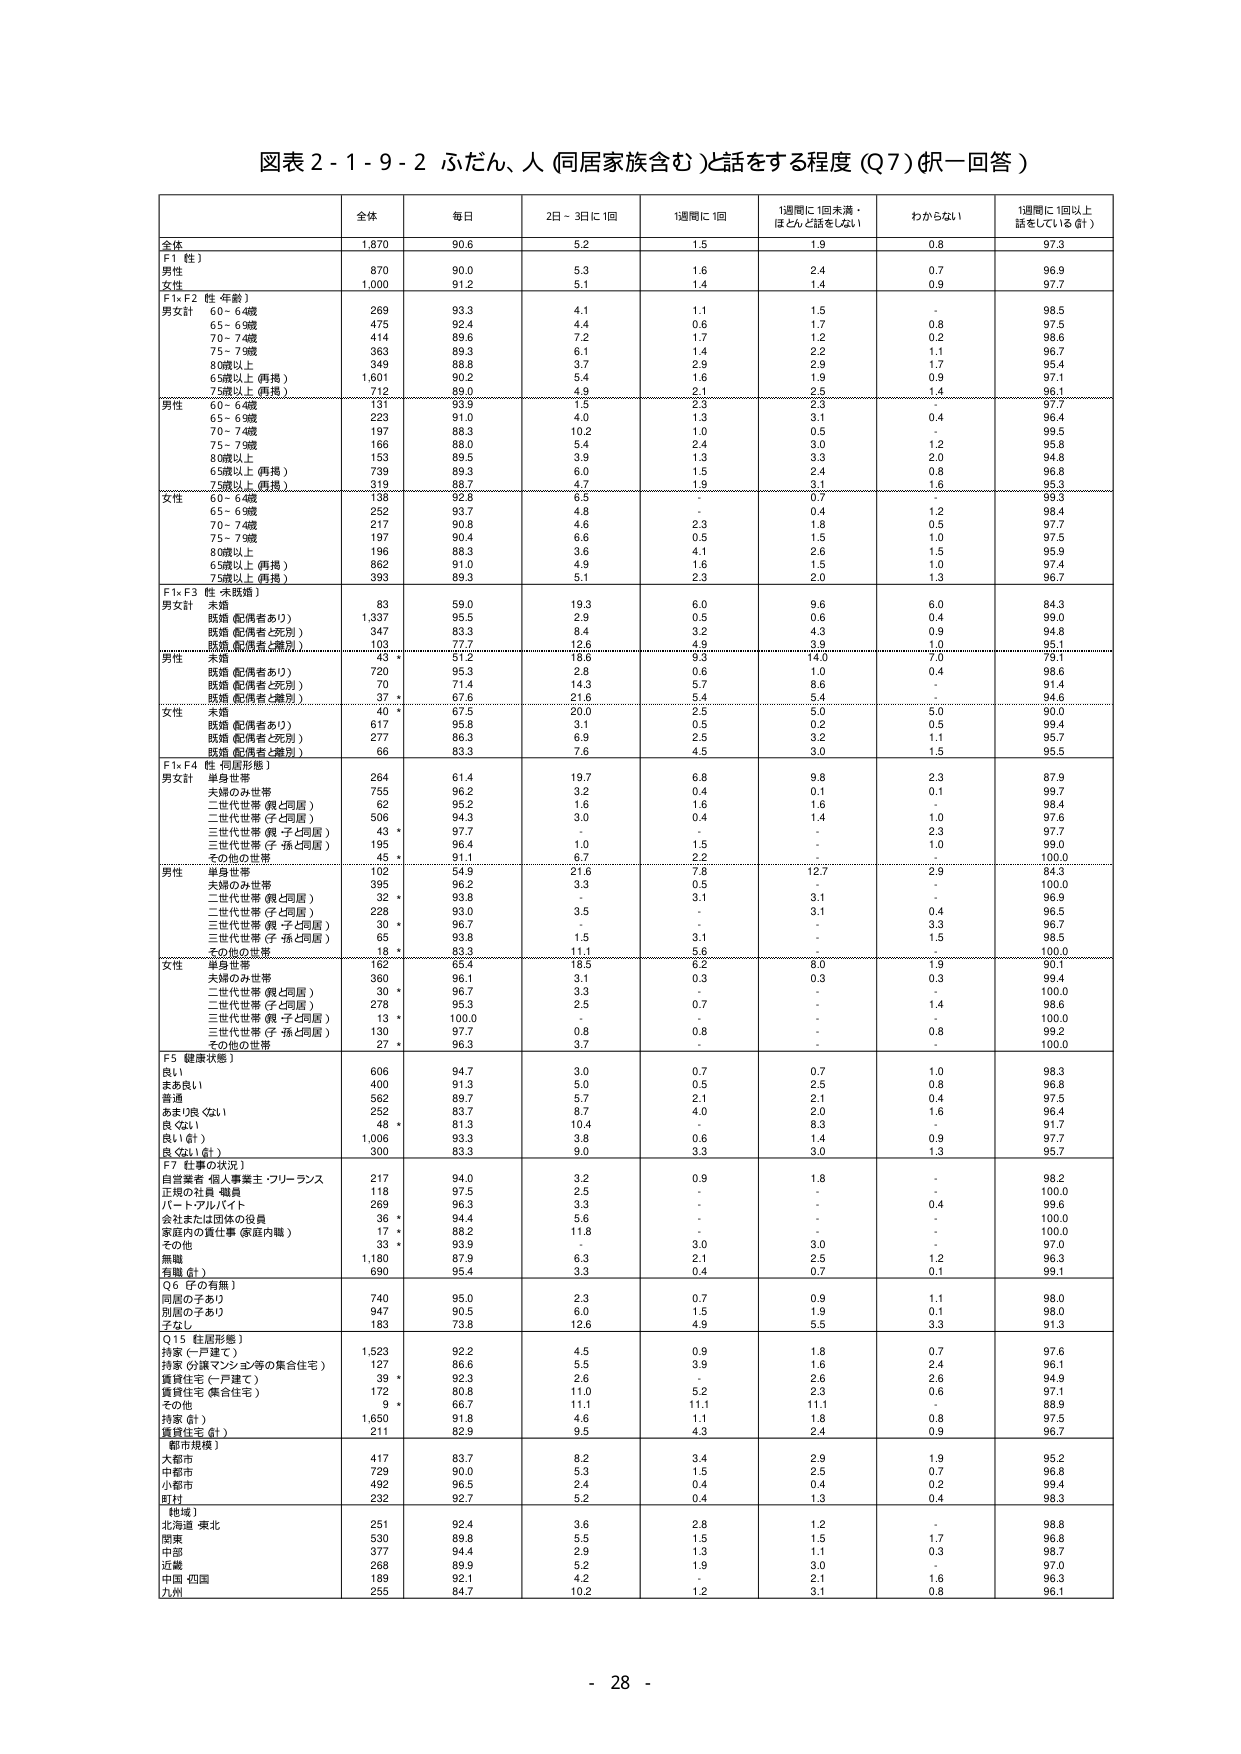
図表２-１-９-２ ふだん、人（同居家族含む）と話をする程度（Q７）（帆一回答）

全体 1,870 90.6 5.2 1.5 1.9 0.8 97.3
F1（性）
男性 870 90.0 5.3 1.6 2.4 0.7 96.9
女性 1,000 91.2 5.1 1.4 1.4 0.9 97.7
F1×F2（性・年齢）
男女計 60～64歳 269 93.3 4.1 1.1 1.5 - 98.5
65～69歳 475 92.4 4.4 0.6 1.7 0.8 97.5
70～74歳 414 89.6 7.2 1.7 1.2 0.2 98.6
75～79歳 363 89.3 6.1 1.4 2.2 1.1 96.7
80歳以上 349 88.8 3.7 2.9 2.9 1.7 95.4
65歳以上（再掲） 1,601 90.2 5.4 1.6 1.9 0.9 97.1
75歳以上（再掲） 712 89.0 4.9 2.1 2.5 1.4 96.1
男性 60～64歳 131 93.9 1.5 2.3 2.3 - 97.7
65～69歳 223 91.0 4.0 1.3 3.1 0.4 96.4
70～74歳 197 88.3 10.2 1.0 0.5 - 99.5
75～79歳 166 88.0 5.4 2.4 3.0 1.2 95.8
80歳以上 153 89.5 3.9 1.3 3.3 2.0 94.8
65歳以上（再掲） 739 89.3 6.0 1.5 2.4 0.8 96.8
75歳以上（再掲） 319 88.7 4.7 1.9 3.1 1.6 95.3
女性 60～64歳 138 92.8 6.5 - 0.7 - 99.3
65～69歳 252 93.7 4.8 - 0.4 1.2 99.4
70～74歳 217 90.8 4.6 2.3 1.8 0.5 97.7
75～79歳 197 90.4 6.6 0.5 1.5 1.0 97.5
80歳以上 196 88.3 3.6 4.1 2.6 1.5 95.9
65歳以上（再掲） 862 91.0 4.9 1.6 1.5 1.0 97.4
75歳以上（再掲） 393 89.3 5.1 2.3 2.0 1.3 96.7
F1×F3（性・未婚婚）
男女計 未婚 83 59.0 19.3 6.0 9.6 6.0 84.3
既婚（配偶者あり） 1,337 95.5 2.9 0.5 0.6 0.4 99.0
既婚（配偶者と死別） 347 83.3 8.4 3.2 4.3 0.9 94.8
既婚（配偶者と離別） 103 77.7 12.6 4.9 3.9 1.0 95.1
男性 未婚 43 * 51.2 18.6 9.3 14.0 7.0 79.1
既婚（配偶者あり） 720 95.3 2.8 0.6 1.0 0.4 98.6
既婚（配偶者と死別） 70 71.4 14.3 5.7 8.6 - 91.4
既婚（配偶者と離別） 37 * 67.6 21.6 5.4 5.4 - 94.6
女性 未婚 40 * 67.5 20.0 2.5 5.0 5.0 90.0
既婚（配偶者あり） 617 95.8 3.1 0.5 0.2 0.5 99.4
既婚（配偶者と死別） 277 86.3 6.9 2.5 3.2 1.1 95.7
既婚（配偶者と離別） 66 83.3 7.6 4.5 3.0 1.5 95.5
F1×F4（性・同居形態）
男女計 単身世帯 264 61.4 19.7 6.8 9.8 2.3 87.9
夫婦のみ世帯 755 96.2 3.2 0.4 0.1 0.1 99.7
二世代世帯（親と同居） 62 95.2 1.6 1.6 1.6 - 98.4
二世代世帯（子と同居） 506 94.3 3.0 0.4 1.4 1.0 97.6
三世代世帯（親・子と同居） 43 * 97.7 - - - 2.3 97.7
三世代世帯（子・孫と同居） 135 96.4 1.0 1.5 - 1.0 99.0
その他の世帯 45 * 91.1 6.7 2.2 - - 100.0
男性 単身世帯 102 54.9 21.6 7.8 12.7 2.9 84.3
夫婦のみ世帯 395 96.2 3.3 0.5 - - 100.0
二世代世帯（親と同居） 32 * 93.8 - 3.1 3.1 - 96.9
二世代世帯（子と同居） 228 93.0 3.5 - 3.1 0.4 96.5
三世代世帯（親・子と同居） 30 * 96.7 - - - 3.3 96.7
三世代世帯（子・孫と同居） 65 93.8 1.5 3.1 - 1.5 98.5
その他の世帯 18 * 83.3 11.1 5.6 - - 100.0
女性 単身世帯 162 65.4 18.5 6.2 8.0 1.9 90.1
夫婦のみ世帯 360 96.1 3.1 0.3 0.3 0.3 99.4
二世代世帯（親と同居） 30 * 96.7 3.3 - - - 100.0
二世代世帯（子と同居） 278 95.3 2.5 0.7 - 1.4 98.6
三世代世帯（親・子と同居） 13 * 100.0 - - - - 100.0
三世代世帯（子・孫と同居） 130 97.7 0.8 0.8 - 0.8 99.2
その他の世帯 27 * 96.3 3.7 - - - 100.0
F5（健康状態）
良い 606 94.7 3.0 0.7 0.7 1.0 98.3
まあ良い 400 91.3 5.0 0.5 2.5 0.8 96.8
普通 562 89.7 5.7 2.1 2.1 0.4 97.5
あまり良くない 252 83.7 8.7 4.0 2.0 1.6 96.4
良くない 48 * 81.3 10.4 - 8.3 - 91.7
良い（合計） 1,006 93.3 3.8 0.6 1.4 0.9 97.7
良くない（合計） 300 83.3 9.0 3.3 3.0 1.3 95.7
F7（仕事の状況）
自営業者・個人事業主・フリーランス 217 94.0 3.2 0.9 1.8 - 98.2
正規の社員・職員 118 97.5 2.5 - - - 100.0
パート・アルバイト 269 96.3 3.3 - - 0.4 99.6
会社または団体の役員 36 * 94.4 5.6 - - - 100.0
家庭内の責任事（家庭内職） 17 * 88.2 11.8 - - - 100.0
その他 33 * 93.9 - 3.0 3.0 - 97.0
無職 1,180 87.9 6.3 2.1 2.5 1.2 96.3
有職（合計） 690 95.4 3.3 0.4 0.7 0.1 99.1
Q6（子の有無）
同居の子あり 740 95.0 2.3 0.7 0.9 1.1 98.0
別居の子あり 947 90.5 6.0 1.5 1.9 0.1 98.0
子なし 183 73.8 12.6 4.9 5.5 3.3 91.3
Q15（住居形態）
持家（一戸建て） 1,523 92.2 4.5 0.9 1.8 0.7 97.6
持家（分譲マンション等の集合住宅） 127 86.6 5.5 3.9 1.6 2.4 96.1
賃貸住宅（一戸建て） 39 * 92.3 2.6 - 2.6 2.6 94.9
賃貸住宅（集合住宅） 172 80.8 11.0 5.2 2.3 0.6 97.1
その他 9 * 66.7 11.1 11.1 11.1 - 88.9
持家（合計） 1,650 91.8 4.6 1.1 1.8 0.8 97.5
賃貸住宅（合計） 211 82.9 9.5 4.3 2.4 0.9 96.7
（都市規模）
大都市 417 83.7 8.2 3.4 2.9 1.9 95.2
中都市 729 90.0 5.3 1.5 2.5 0.7 96.8
小都市 492 96.5 2.4 0.4 0.4 0.2 99.4
町村 292 92.7 5.2 0.4 1.3 0.4 98.3
（地域）
北海道・東北 251 92.4 3.6 2.8 1.2 - 98.8
関東 530 89.8 5.5 1.5 1.5 1.7 96.8
中部 377 94.4 2.9 1.3 1.1 0.3 98.7
近畿 268 89.9 5.2 1.9 3.0 - 97.0
中国・四国 189 92.1 4.2 - 2.1 1.6 96.3
九州 255 84.7 10.2 1.2 3.1 0.8 96.1

- 28 -